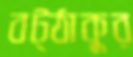
বট্‌ঠাকুর